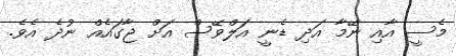
މެސީ އާއި ނޭމާ އަދި ޑެނީ އަލްވޭސް އަށް ޖާގައެއް ނުދެ އެވެ.